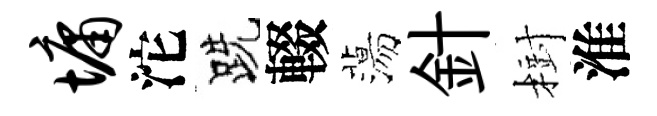
墉沱跣輟蕩針𣗳淮